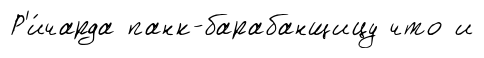
Р'и́чарда панк-барабанщицу что и